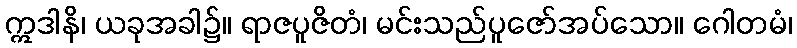
ဣဒါနိ၊ ယခုအခါ၌။ ရာဇပူဇိတံ၊ မင်းသည်ပူဇော်အပ်သော။ ဂေါတမံ၊